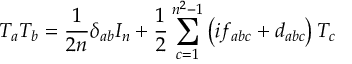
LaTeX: T _ { a } T _ { b } = { \frac { 1 } { 2 n } } \delta _ { a b } I _ { n } + { \frac { 1 } { 2 } } \sum _ { c = 1 } ^ { n ^ { 2 } - 1 } \left( i f _ { a b c } + d _ { a b c } \right) T _ { c }